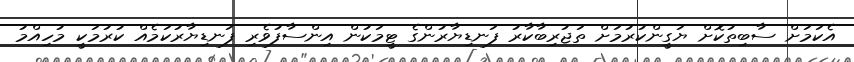
އެކަމަށް ސާބިތުކޮށް ޔަގީންކުރުމަށް ތަޖުރިބާކާރު ފަނޑިޔާރުންގެ ޓީމަކުން އިންސާފުވެރި ފަނޑިޔާރުކަމެއް ކުރުމަކީ މުހިއްމު